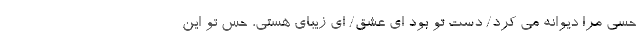
حسی مرا دیوانه می کرد/ دست تو بود ای عشق/ ای زیبای هستی، حس تو این